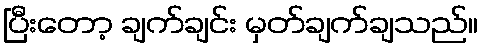
ပြီးတော့ ချက်ချင်း မှတ်ချက်ချသည်။